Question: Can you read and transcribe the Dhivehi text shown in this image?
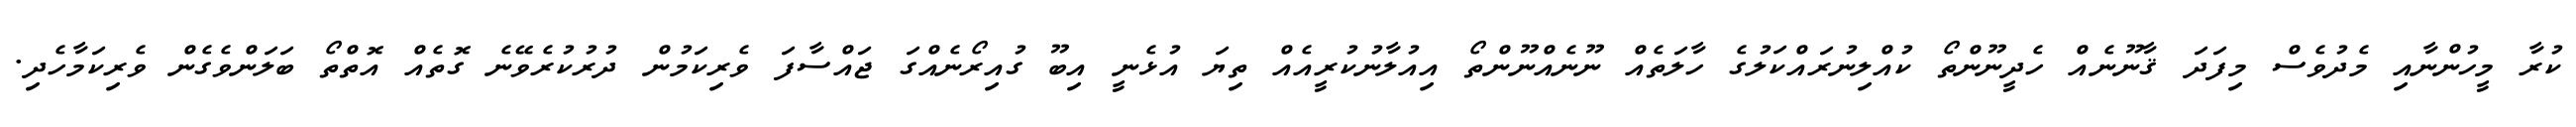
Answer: ކުރާ މީހުންނާއި މެދުވެސް މިފަދަ ޤާނޫނެއް ހެދީނޫންތޯ ކުއްލިނުރައްކަލުގެ ހާލަތެއް ނޫނެއްނޫންތޯ އިއުލާނުކުރީއެއް ތިޔަ އުޅެނީ އިބޫ ގުއިރޯނެއްގަ ޖައްސާފަ ވެރިކަމުން ދުރުކުރެވޭނެ ގޮތެއް އޮތްތޯ ބަލަންވެގެން ވެރިކަމާހެދި.